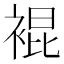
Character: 裩